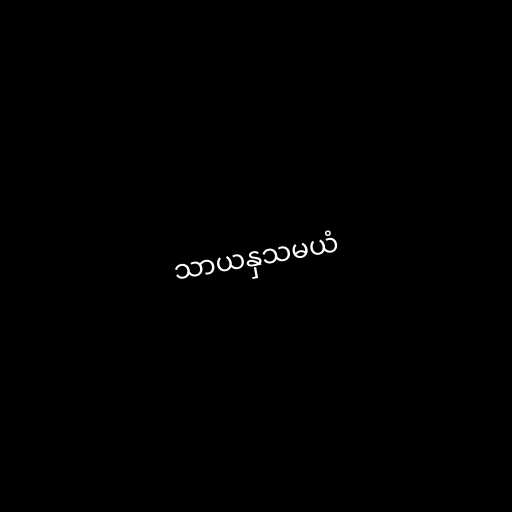
သာယနှသမယံ